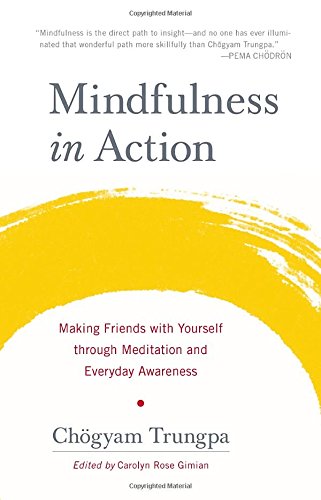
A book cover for Mindfulness in Action: Making Friends with Yourself through Meditation and Everyday Awareness; Chogyam Trungpa; Religion & Spirituality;